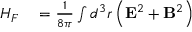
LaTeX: \begin{array} { r l } { H _ { F } } & { { } = { \frac { 1 } { 8 \pi } } \int d ^ { 3 } r \left( \mathbf { E } ^ { 2 } + \mathbf { B } ^ { 2 } \right) } \end{array}